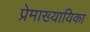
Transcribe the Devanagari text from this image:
प्रेमाख्यायिका